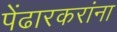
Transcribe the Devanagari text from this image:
पेंढारकरांना